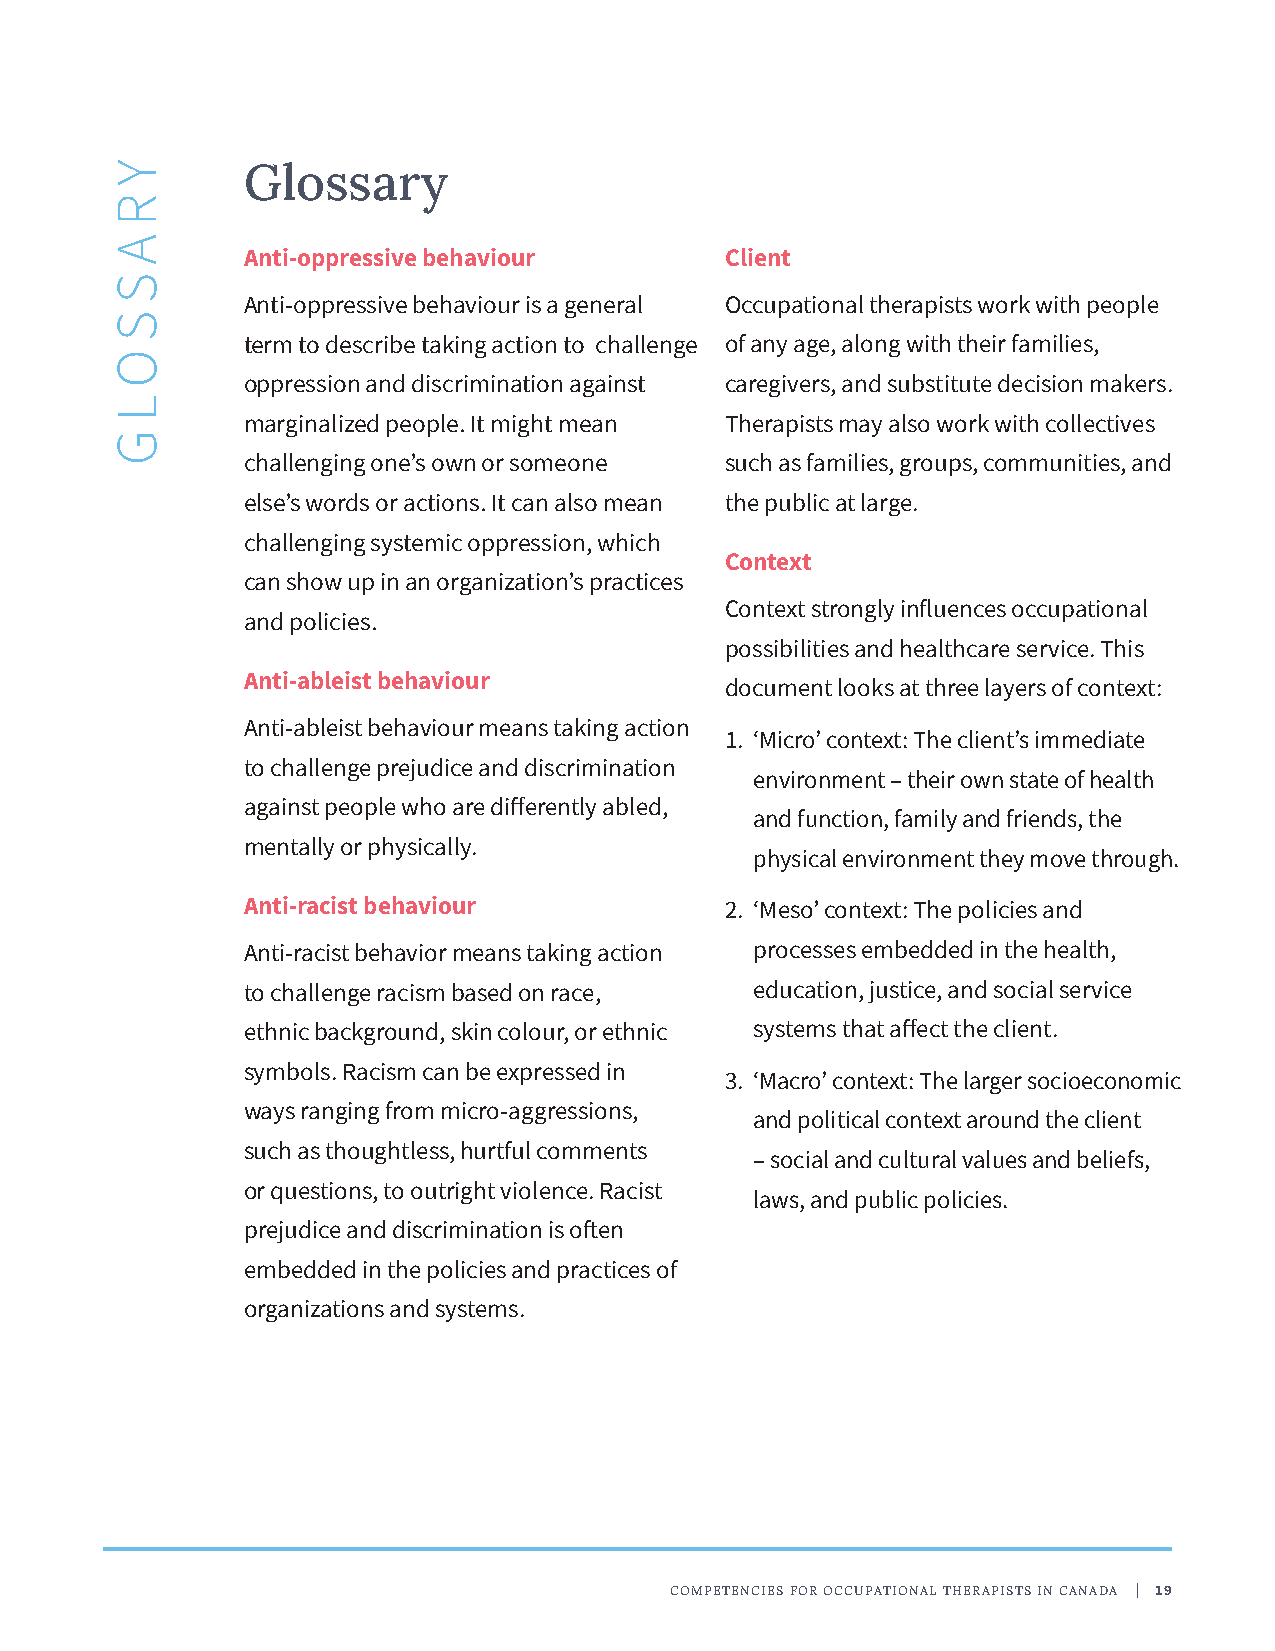
Glossary
 Anti-oppressive behaviour       Client
 Anti-oppressive behaviour is a general Occupational therapists work with people
 term to describe taking action to challenge of any age, along with their families,
 oppression and discrimination against caregivers, and substitute decision makers.
 marginalized people. It might mean Therapists may also work with collectives
 challenging one’s own or someone such as families, groups, communities, and
 else’s words or actions. It can also mean the public at large.
 challenging systemic oppression, which
 Context
 can show up in an organization’s practices
 Context strongly influences occupational
 and policies.
 possibilities and healthcare service. This
 Anti-ableist behaviour
 document looks at three layers of context:
 Anti-ableist behaviour means taking action
 1. ‘Micro’ context: The client’s immediate
 to challenge prejudice and discrimination
 environment – their own state of health
 against people who are differently abled,
 and function, family and friends, the
 mentally or physically.
 physical environment they move through.
 Anti-racist behaviour           2. ‘Meso’ context: The policies and
 Anti-racist behavior means taking action processes embedded in the health,
 to challenge racism based on race, education, justice, and social service
 ethnic background, skin colour, or ethnic systems that affect the client.
 symbols. Racism can be expressed in
 3. ‘Macro’ context: The larger socioeconomic
 ways ranging from micro-aggressions,
 and political context around the client
 such as thoughtless, hurtful comments
 – social and cultural values and beliefs,
 or questions, to outright violence. Racist
 laws, and public policies.
 prejudice and discrimination is often
 embedded in the policies and practices of
 organizations and systems.
 COMPETENCIES FOR OCCUPATIONAL THERAPISTS IN CANADA | 19
 Y
 R
 A
 S
 S
 O
 L
 G